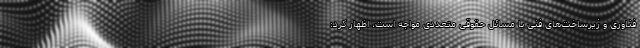
فناوری و زیرساخت‌های فنی با مسائل حقوقی متعددی مواجه است، اظهار کرد: